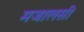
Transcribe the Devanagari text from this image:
मजालसी